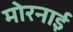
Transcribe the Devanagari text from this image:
मोरनाई